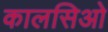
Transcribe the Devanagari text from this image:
कालसिओ